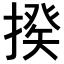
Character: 𢲕